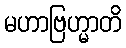
မဟာဗြဟ္မာတိ